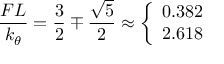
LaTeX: { \frac { F L } { k _ { \theta } } } = { \frac { 3 } { 2 } } \mp { \frac { \sqrt { 5 } } { 2 } } \approx \left\{ { \begin{array} { l } { 0 . 3 8 2 } \\ { 2 . 6 1 8 } \end{array} } \right.